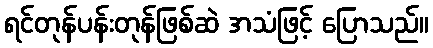
ရင်တုန်ပန်းတုန်ဖြစ်ဆဲ အသံဖြင့် ပြောသည်။